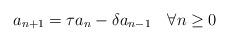
LaTeX: \begin{align*}a_{n+1} = \tau a_n - \delta a_{n-1} ~~~ \forall n \ge 0\end{align*}